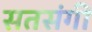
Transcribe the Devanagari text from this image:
सतसंगी